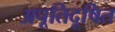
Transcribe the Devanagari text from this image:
अपूतिदूषित